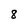
Character: 8